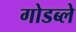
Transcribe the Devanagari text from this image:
गोडब्ले